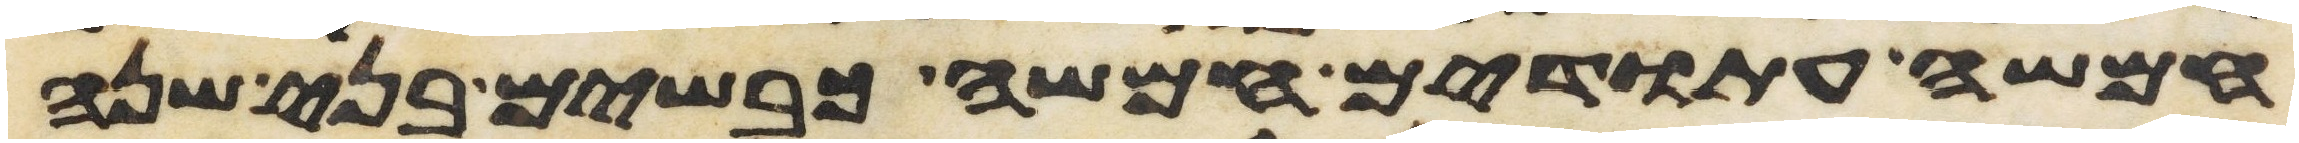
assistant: חמשה עתודים חמשה כבשים בני שנה